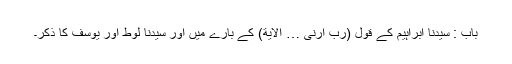
باب : سیدنا ابراہیمؑ کے قول (رب ارنی … الایة) کے بارے میں اور سیدنا لوطؑ اور یوسفؑ کا ذکر۔